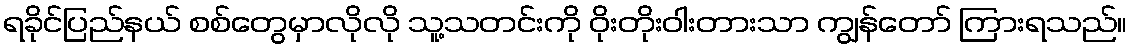
ရခိုင်ပြည်နယ် စစ်တွေမှာလိုလို သူ့သတင်းကို ဝိုးတိုးဝါးတားသာ ကျွန်တော် ကြားရသည်။